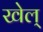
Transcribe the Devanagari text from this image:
खेल्